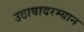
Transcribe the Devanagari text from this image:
उठावादरम्यान